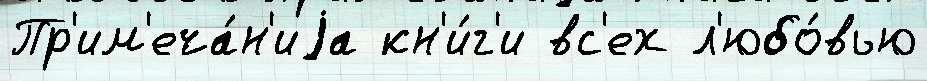
Пр'им'еча́н'иjа кн'и́г'и вс'ех л'юбо́вью